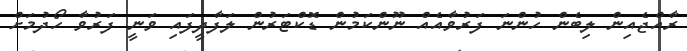
ރާއްޖެއިން ލިބެން ހުންނަ ފަރުވާއެއް ނޫންކަމުން ޑޮކްޓަރުން ލަފާދީފައި ވަނީ ފަރުވާ ހޯދުމަށް